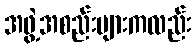
အဖွဲ့အစည်းများကလည်း